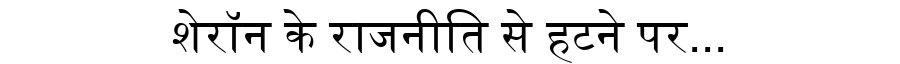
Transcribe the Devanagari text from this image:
शेरॉन के राजनीति से हटने पर...